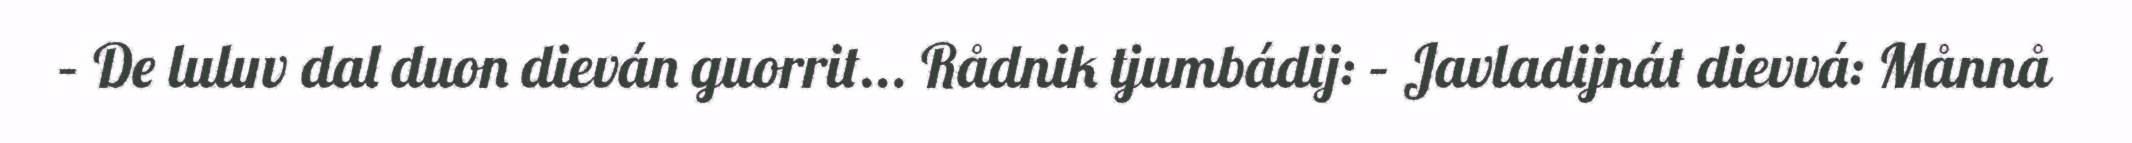
– De luluv dal duon dieván guorrit... Rådnik tjumbádij: – Javladijnát dievvá: Månnå